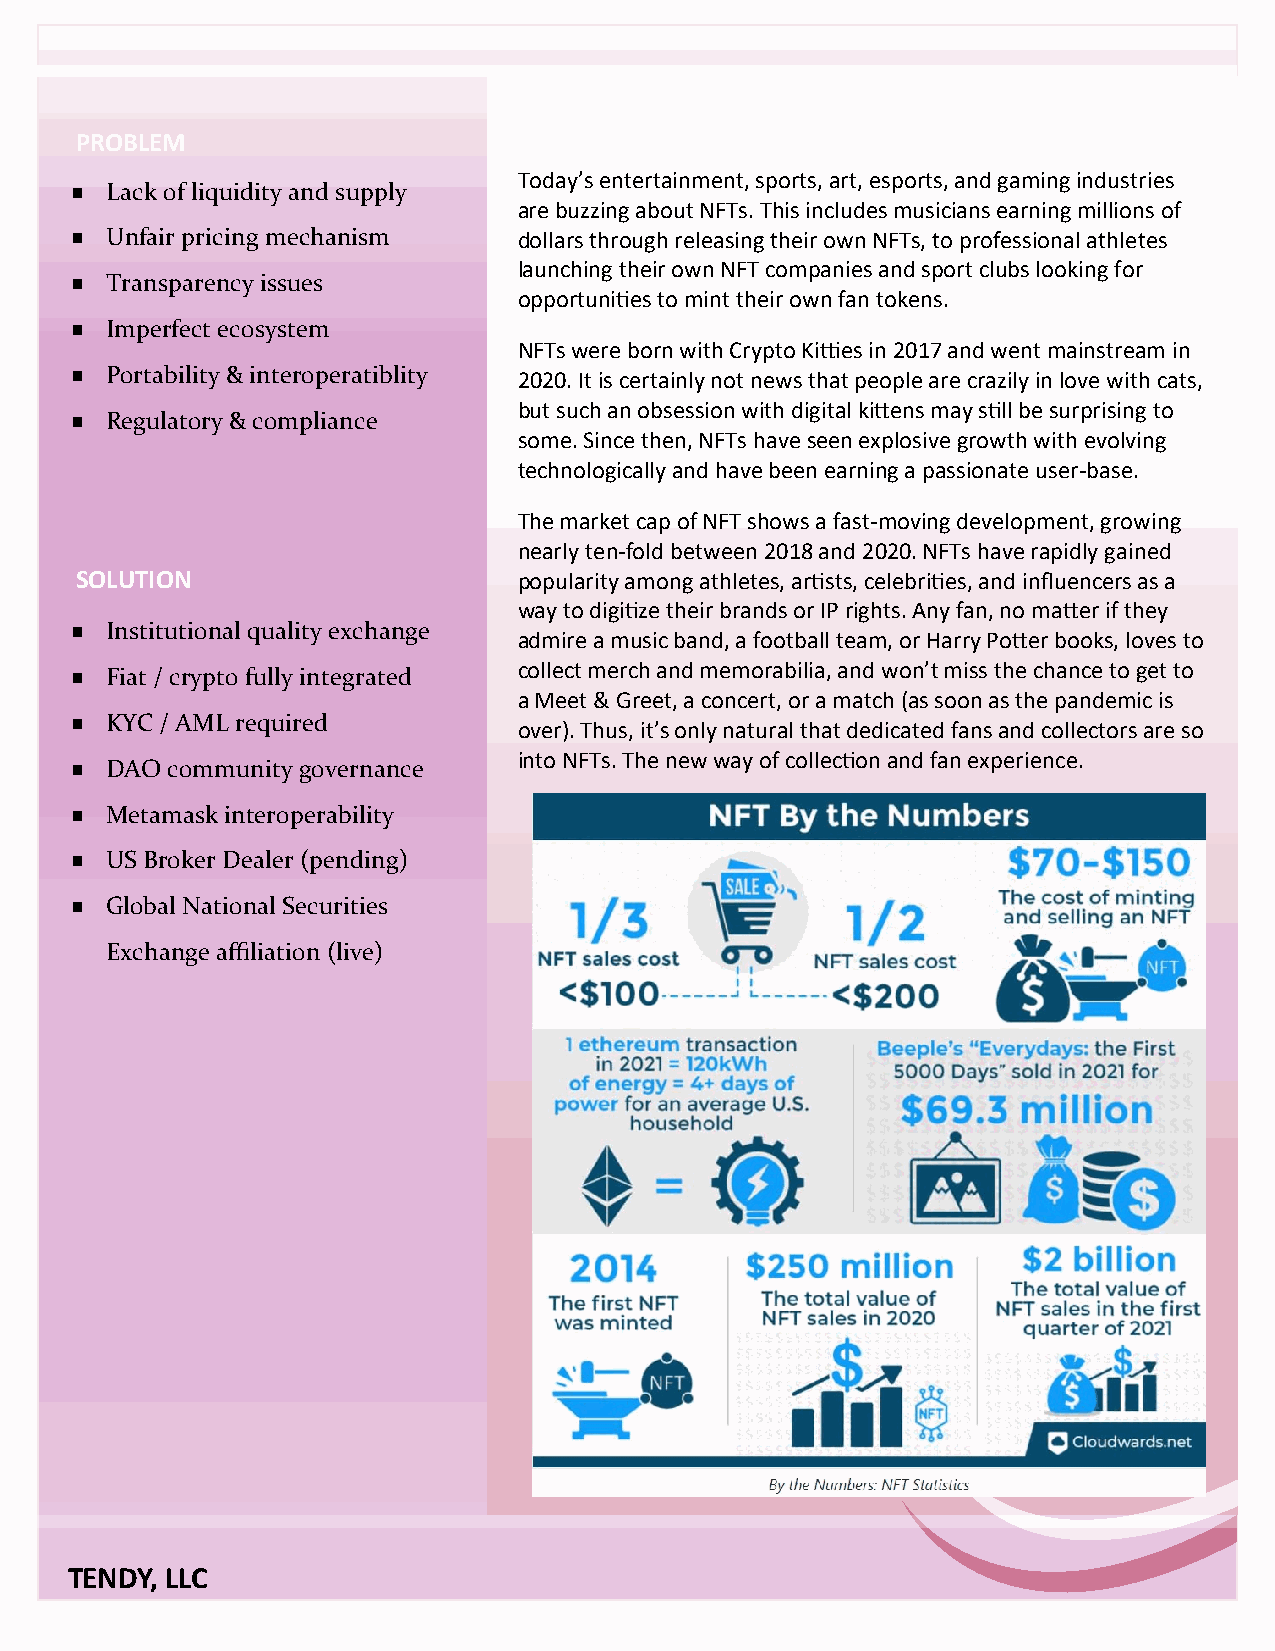
Non-Fungible   Tokens  (NFT)
 PROBLEM
 Today’s entertainment, sports, art, esports, and gaming industries
  Lack of liquidity and supply
 are buzzing about NFTs. This includes musicians earning millions of
  Unfair pricing mechanism   dollars through releasing their own NFTs, to professional athletes
 launching their own NFT companies and sport clubs looking for
  Transparency issues
 opportunities to mint their own fan tokens.
  Imperfect ecosystem
 NFTs were born with Crypto Kitties in 2017 and went mainstream in
  Portability & interoperatiblity 2020. It is certainly not news that people are crazily in love with cats,
 but such an obsession with digital kittens may still be surprising to
  Regulatory & compliance
 some. Since then, NFTs have seen explosive growth with evolving
 technologically and have been earning a passionate user-base.
 The market cap of NFT shows a fast-moving development, growing
 nearly ten-fold between 2018 and 2020. NFTs have rapidly gained
 SOLUTION                     popularity among athletes, artists, celebrities, and influencers as a
 way to digitize their brands or IP rights. Any fan, no matter if they
  Institutional quality exchange admire a music band, a football team, or Harry Potter books, loves to
 collect merch and memorabilia, and won’t miss the chance to get to
  Fiat / crypto fully integrated
 a Meet & Greet, a concert, or a match (as soon as the pandemic is
  KYC / AML required         over). Thus, it’s only natural that dedicated fans and collectors are so
 into NFTs. The new way of collection and fan experience.
  DAO community governance
  Metamask interoperability
  US Broker Dealer (pending)
  Global National Securities
 Exchange affiliation (live)
 TENDY, LLC